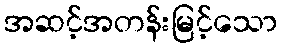
အဆင့်အတန်းမြင့်သော